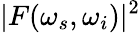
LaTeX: |F(\omega_{s},\omega_{i})|^{2}